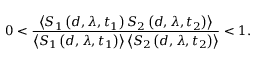
0 < \frac { \left\langle S _ { 1 } \left( d , \lambda , t _ { 1 } \right) S _ { 2 } \left( d , \lambda , t _ { 2 } \right) \right\rangle } { \left\langle S _ { 1 } \left( d , \lambda , t _ { 1 } \right) \right\rangle \left\langle S _ { 2 } \left( d , \lambda , t _ { 2 } \right) \right\rangle } < 1 .